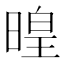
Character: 𣈷